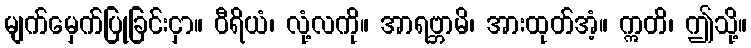
မျက်မှေက်ပြုခြင်းငှာ။ ဝီရိယံ၊ လုံ့လကို။ အာရဗ္ဘာမိ၊ အားထုတ်အံ့။ ဣတိ၊ ဤသို့။